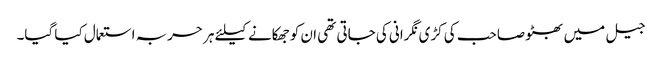
جیل میں بھٹو صاحب کی کڑی نگرانی کی جاتی تھی ان کو جھکانے کیلئے ہر حربہ استعمال کیا گیا۔